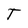
Character: T